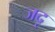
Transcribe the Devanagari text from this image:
जदृ